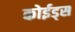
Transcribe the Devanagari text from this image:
कोईड्स